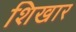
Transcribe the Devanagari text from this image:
शिखार